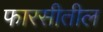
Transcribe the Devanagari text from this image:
फारसीतील